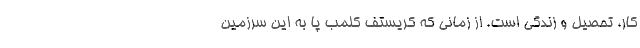
کار، تحصیل و زندگی است. از زمانی که کریستف کلمب پا به این سرزمین